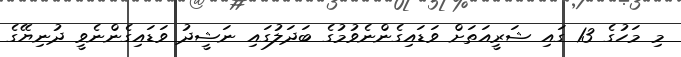
މި މަހުގެ 13 ގައި ޝަރީއަތަށް ވަޑައިގެންނެވުމުގެ ބަދަލުގައި ނަޝީދު ވަޑައިގެންނެވީ ދުނިޔޭގެ